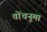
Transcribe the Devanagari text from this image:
चोंचनुमा